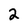
Character: 2